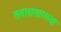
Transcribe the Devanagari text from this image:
तलावासारख्या